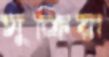
সুক্রিয়া